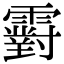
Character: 䨴